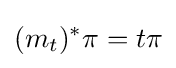
(m_{t})^{*}\pi =t\pi